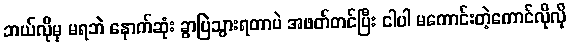
ဘယ်လိုမှ မရဘဲ နောက်ဆုံး ခွာပြဲသွားရတာပဲ အဖတ်တင်ပြီး ငါပါ မကောင်းတဲ့ကောင်လိုလို